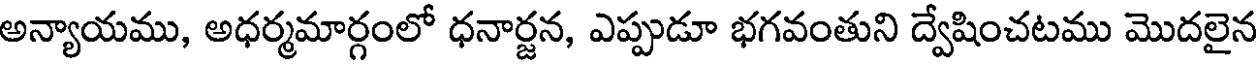
అన్యాయము, అధర్మమార్గంలో ధనార్జన, ఎప్పుడూ భగవంతుని ద్వేషించటము మొదలైన